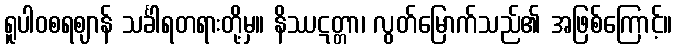
ရူပါဝစရဈာန် သင်္ခါရတရားတို့မှ။ နိဿဋတ္တာ၊ လွတ်မြောက်သည်၏ အဖြစ်ကြောင့်။